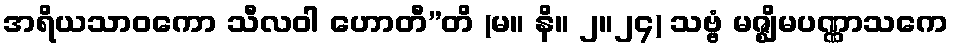
အရိယသာဝကော သီလဝါ ဟောတီ”တိ (မ။ နိ။ ၂။၂၄) သဗ္ဗံ မဇ္ဈိမပဏ္ဏာသကေ